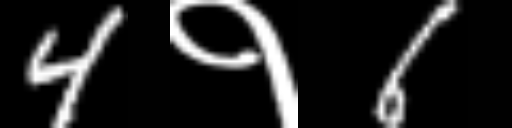
Text: 4१6